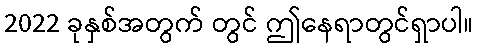
2022 ခုနှစ်အတွက် တွင် ဤနေရာတွင်ရှာပါ။